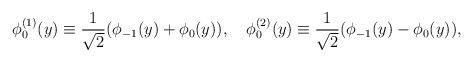
\begin{align*}\phi^{(1)}_{0}(y)\equiv\frac{1}{\sqrt{2}}(\phi_{-1}(y)+\phi_{0}(y)), \quad \phi^{(2)}_{0}(y)\equiv\frac{1}{\sqrt{2}}(\phi_{-1}(y)-\phi_{0}(y)),\end{align*}